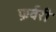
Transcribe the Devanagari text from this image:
फ़र्वरी